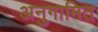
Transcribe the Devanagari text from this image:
अनुगामित